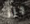
جزر